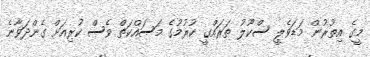
މީގެ އިތުރުން މަޑަވެލީ ސްކޫލު ތަރައްގީ ކުރުމުގެ މަސައްކަތް ވެސް ކުރިއަށް ގެންދަވާނެ